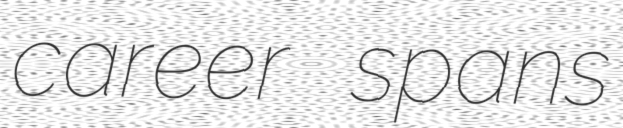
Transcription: career spans